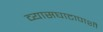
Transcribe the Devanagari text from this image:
व्यासघाटापाशी